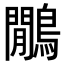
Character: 鷳